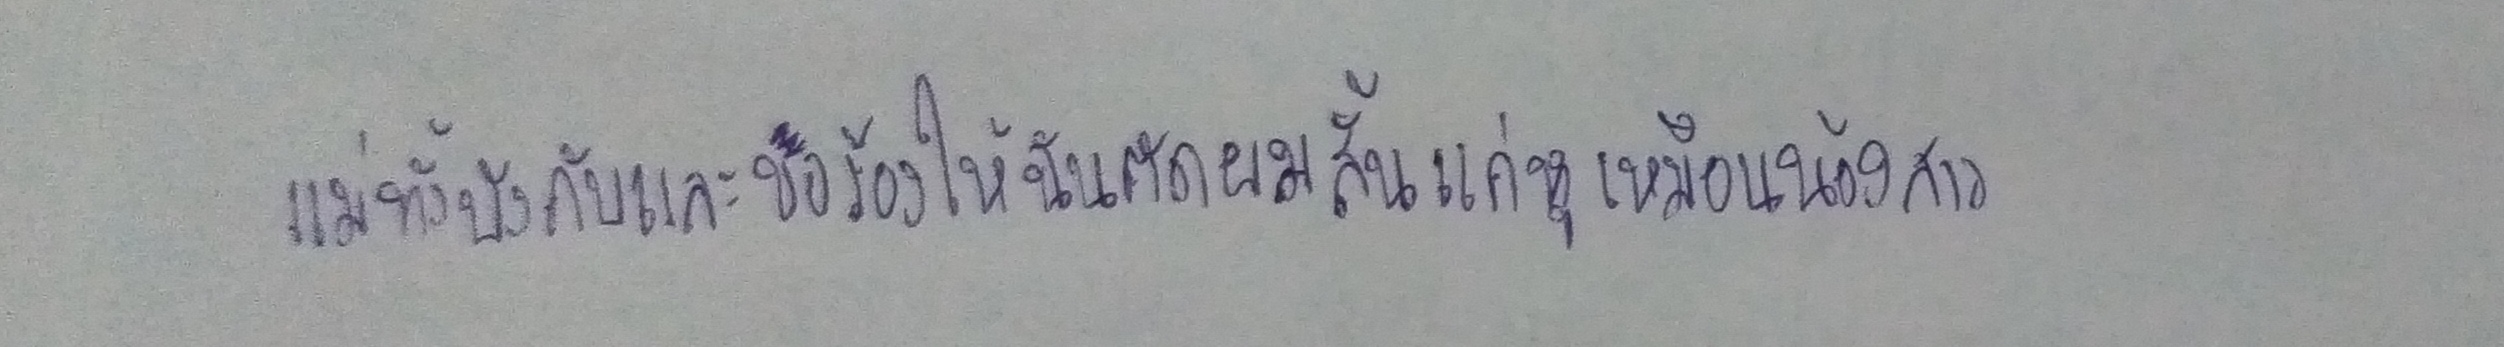
แม่ทั้งบังคับและขอร้องให้ฉันตัดผมสั้นแค่หูเหมือนน้องสาว